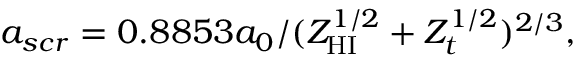
a _ { s c r } = 0 . 8 8 5 3 a _ { 0 } / ( Z _ { \mathrm { H I } } ^ { 1 / 2 } + Z _ { t } ^ { 1 / 2 } ) ^ { 2 / 3 } ,